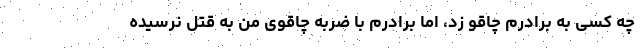
چه کسی به برادرم چاقو زد، اما برادرم با ضربه چاقوی من به قتل نرسیده